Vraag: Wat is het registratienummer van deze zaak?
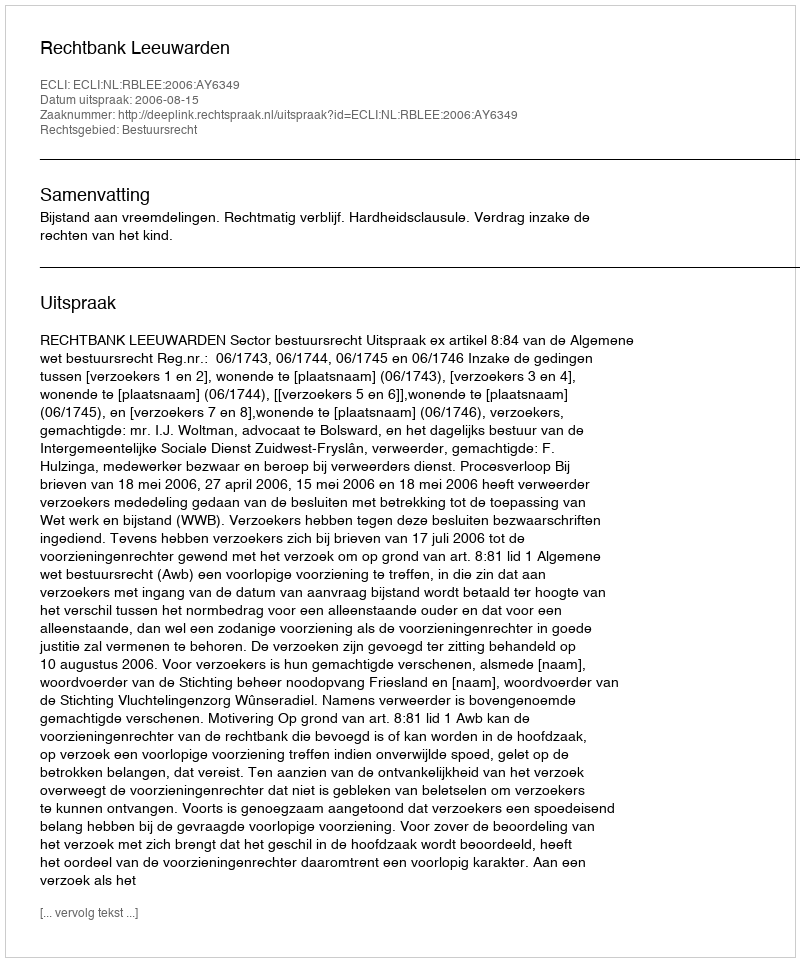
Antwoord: http://deeplink.rechtspraak.nl/uitspraak?id=ECLI:NL:RBLEE:2006:AY6349